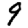
Digit: 9